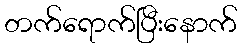
တက်ရောက်ပြီးနောက်